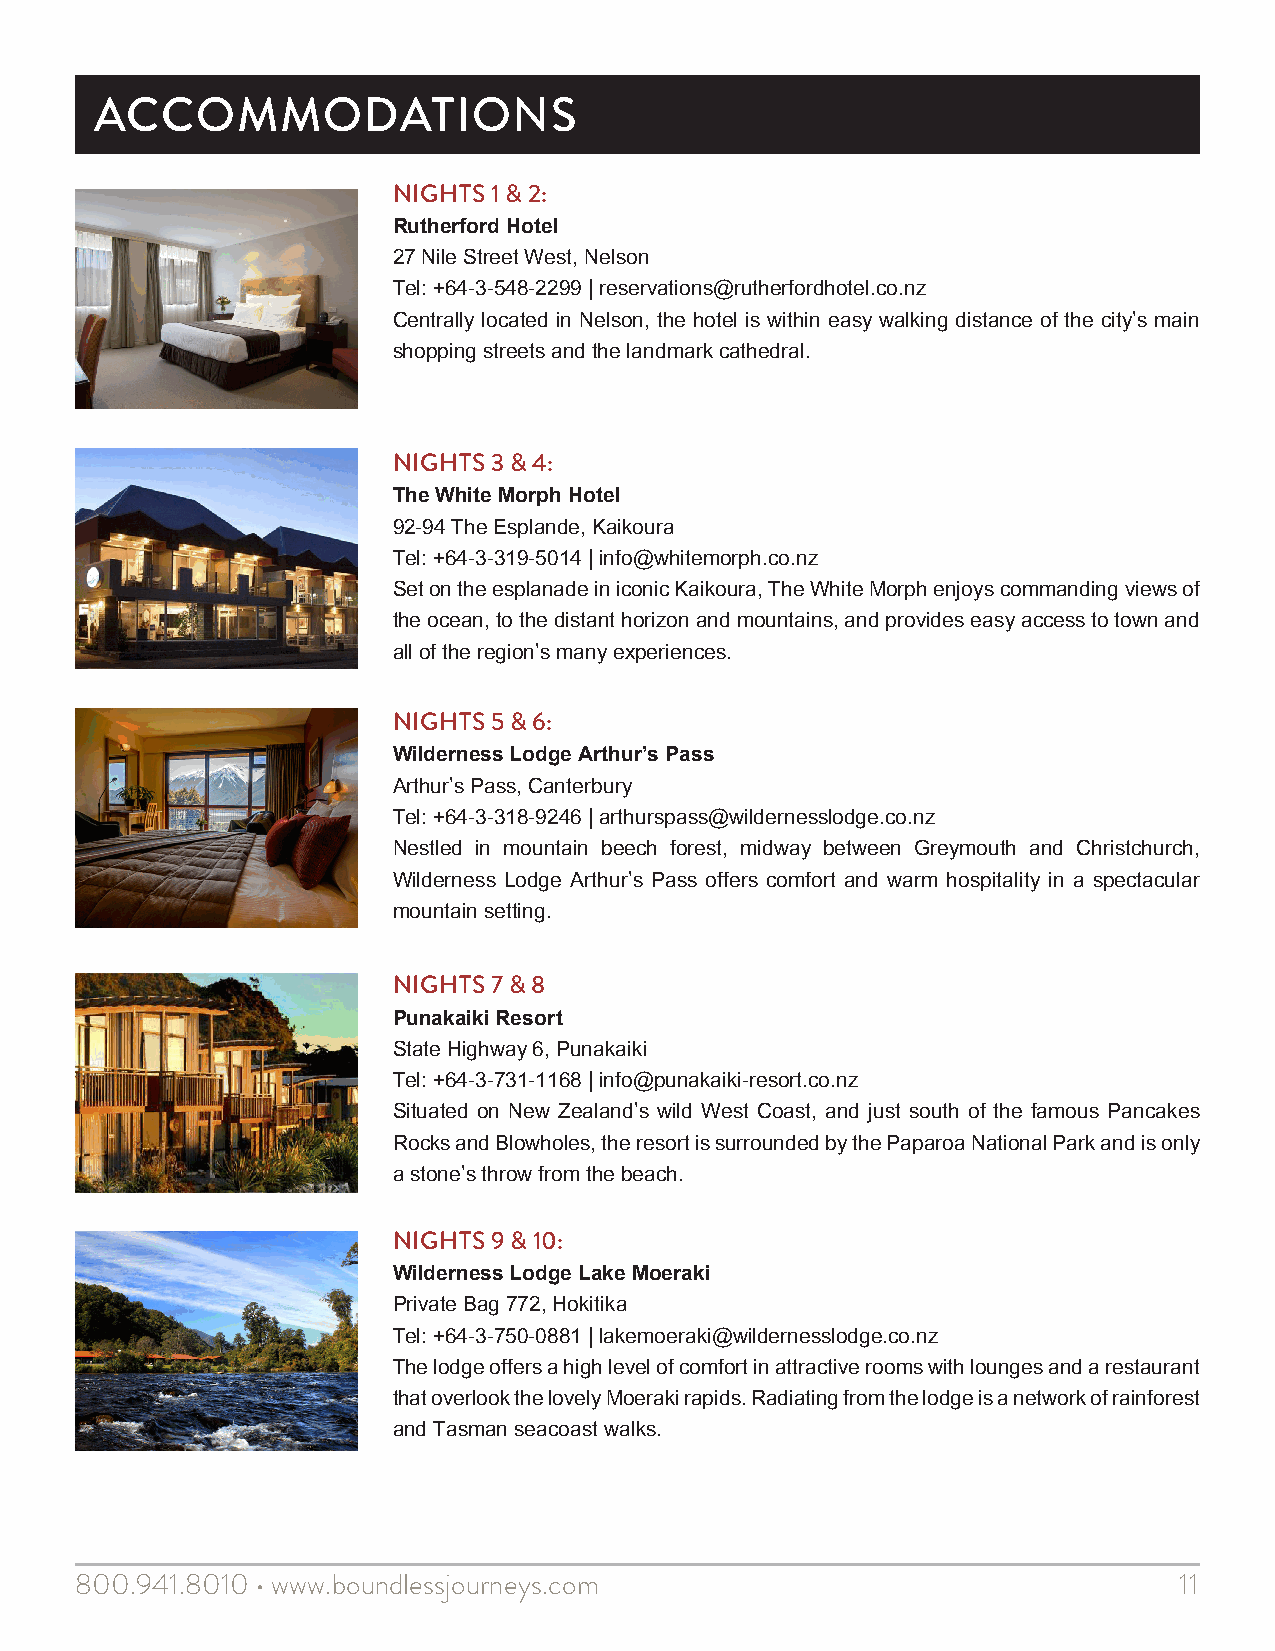
ACCOMMODATIONS
 NIGHTS 1 & 2:
 Rutherford Hotel
 27 Nile Street West, Nelson
 Tel: +64-3-548-2299 | reservations@rutherfordhotel.co.nz
 Centrally located in Nelson, the hotel is within easy walking distance of the city’s main
 shopping streets and the landmark cathedral.
 NIGHTS 3 & 4:
 The White Morph Hotel
 92-94 The Esplande, Kaikoura
 Tel: +64-3-319-5014 | info@whitemorph.co.nz
 Set on the esplanade in iconic Kaikoura, The White Morph enjoys commanding views of
 the ocean, to the distant horizon and mountains, and provides easy access to town and
 all of the region’s many experiences.
 NIGHTS 5 & 6:
 Wilderness Lodge Arthur’s Pass
 Arthur’s Pass, Canterbury
 Tel: +64-3-318-9246 | arthurspass@wildernesslodge.co.nz
 Nestled in mountain beech forest, midway between Greymouth and Christchurch,
 Wilderness Lodge Arthur’s Pass offers comfort and warm hospitality in a spectacular
 mountain setting.
 NIGHTS 7 & 8
 Punakaiki Resort
 State Highway 6, Punakaiki
 Tel: +64-3-731-1168 | info@punakaiki-resort.co.nz
 Situated on New Zealand’s wild West Coast, and just south of the famous Pancakes
 Rocks and Blowholes, the resort is surrounded by the Paparoa National Park and is only
 a stone’s throw from the beach.
 NIGHTS 9 & 10:
 Wilderness Lodge Lake Moeraki
 Private Bag 772, Hokitika
 Tel: +64-3-750-0881 | lakemoeraki@wildernesslodge.co.nz
 The lodge offers a high level of comfort in attractive rooms with lounges and a restaurant
 that overlook the lovely Moeraki rapids. Radiating from the lodge is a network of rainforest
 and Tasman seacoast walks.
 800.941.8010 • www.boundlessjourneys.com                                 11